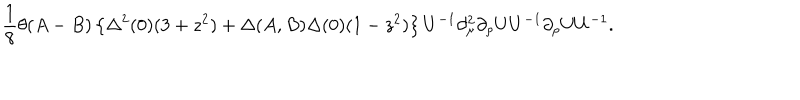
LaTeX: \frac 1 8 \theta ( A - B ) \left\{ \Delta ^ { 2 } ( 0 ) ( 3 + z ^ { 2 } ) + \Delta ( A , B ) \Delta ( 0 ) ( 1 - z ^ { 2 } ) \right\} U ^ { - 1 } \partial _ { \mu } ^ { 2 } \partial _ { \rho } U U ^ { - 1 } \partial _ { \rho } U U ^ { - 1 } .